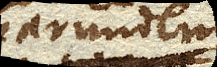
pondere